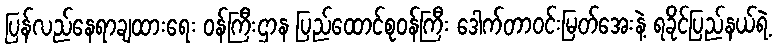
ပြန်လည်နေရာချထားရေး ဝန်ကြီးဌာန ပြည်ထောင်စုဝန်ကြီး ဒေါက်တာဝင်းမြတ်အေးနဲ့ ရခိုင်ပြည်နယ်ရဲ့